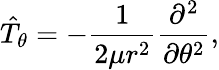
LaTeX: \hat{T}_{\theta}=-\frac{1}{2\mu r^{2}}\frac{\partial^{2}}{\partial\theta^{2}},